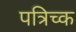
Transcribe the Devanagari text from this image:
पत्रिच्क